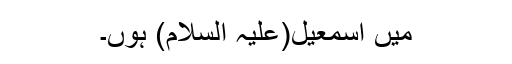
میں اسمٰعیل(علیہ السلام) ہوں۔